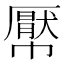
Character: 𢅠